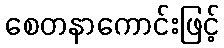
စေတနာကောင်းဖြင့်